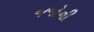
જજોની